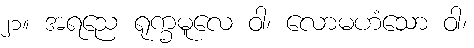
၂၁။ အရညေ ရုက္ခမူလေ ဝါ၊ လောမဟံသော ဝါ၊